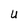
Character: U